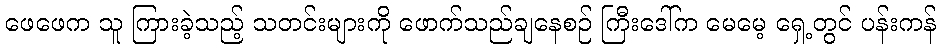
ဖေဖေက သူ ကြားခဲ့သည့် သတင်းများကို ဖောက်သည်ချနေစဉ် ကြီးဒေါ်က မေမေ့ ရှေ့တွင် ပန်းကန်